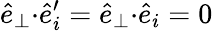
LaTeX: \hat{e}_{\perp}{\cdot}\hat{e}_{i}^{\prime}=\hat{e}_{\perp}{\cdot}\hat{e}_{i}=0